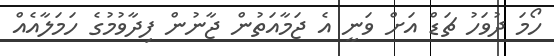
ހޯމަ ދުވަހު ޗަޑް އަށް ވަނީ އެ ޖަމާއަތުން ޖާނުން ފިދާވުމުގެ ހަމަލާއެއް